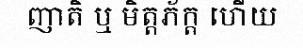
ញាតិ ឬ មិត្តភ័ក្ត ហើយ